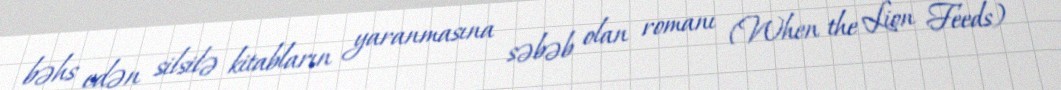
bəhs edən silsilə kitabların yaranmasına səbəb olan romanı (When the Lion Feeds)